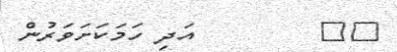
٤٤        އަދި ހަމަކަށަވަރުން